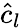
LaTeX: \hat{c}_{l}